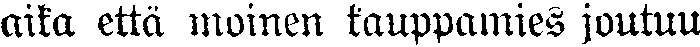
aika että moinen kauppamies joutuu